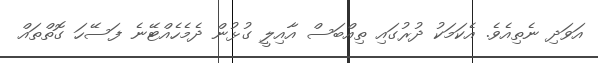
އަވަދި ނެތިއެވެ. އެކަމަކު ދުރުގައި ތިއްބަސް އާއިލީ ގުޅުން ދެމެހެއްޓޭނެ ފަސޭހަ ގޮތްތައް